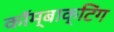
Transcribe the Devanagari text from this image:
कॉम्बाक्टिंग